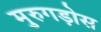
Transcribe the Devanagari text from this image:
मुरुगड़ोस